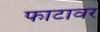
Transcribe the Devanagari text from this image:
फाटावर